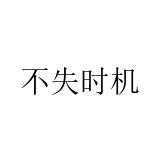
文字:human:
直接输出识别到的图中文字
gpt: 不失时机